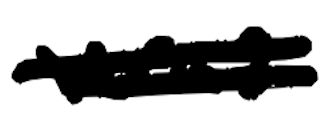
Text: was
Cross-out: double-line
Writing tool: digital_black